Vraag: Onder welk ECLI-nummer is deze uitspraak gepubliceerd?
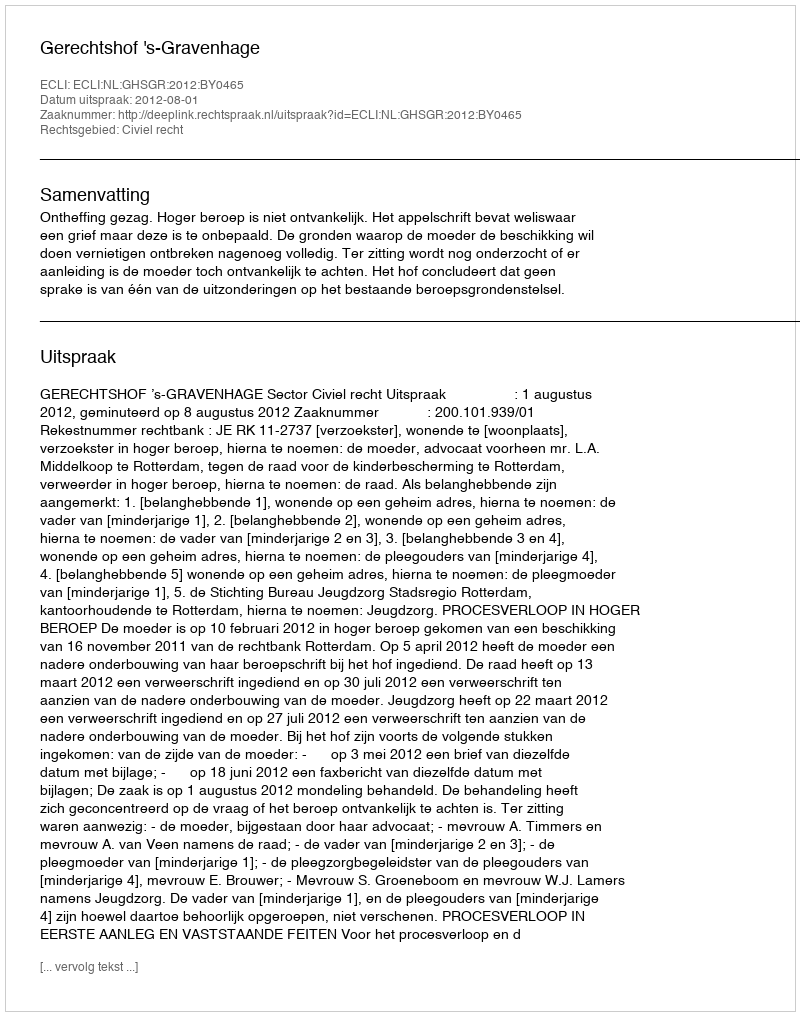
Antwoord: ECLI:NL:GHSGR:2012:BY0465